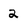
Character: 2